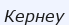
Кернеу